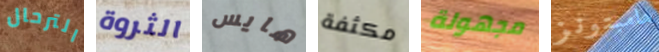
الترحال الثروة هايس مكثفة مجهولة هامبتونز